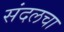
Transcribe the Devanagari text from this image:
संदलचा